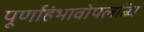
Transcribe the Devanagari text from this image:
पूर्णाहंभावोपलब्धि